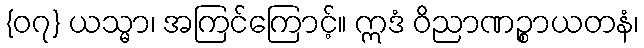
{၀၇} ယသ္မာ၊ အကြင်ကြောင့်။ ဣဒံ ဝိညာဏဉ္စာယတနံ၊